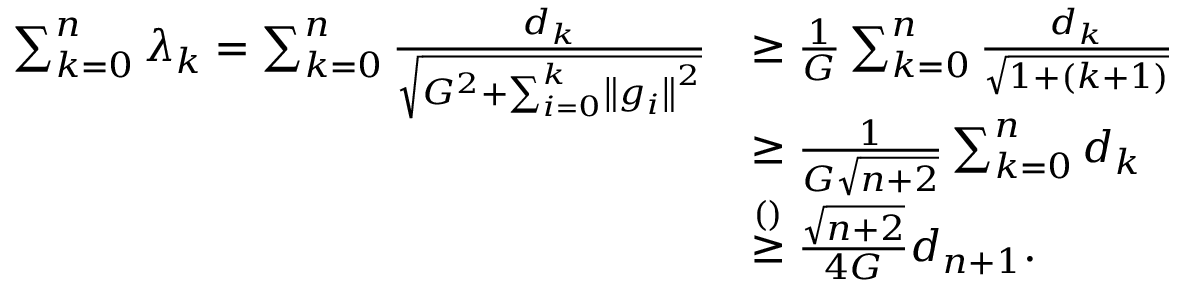
\begin{array} { r l } { \sum _ { k = 0 } ^ { n } \lambda _ { k } = \sum _ { k = 0 } ^ { n } \frac { d _ { k } } { \sqrt { G ^ { 2 } + \sum _ { i = 0 } ^ { k } \left\Vert g _ { i } \right\Vert ^ { 2 } } } } & { \geq \frac { 1 } { G } \sum _ { k = 0 } ^ { n } \frac { d _ { k } } { \sqrt { 1 + ( k + 1 ) } } } \\ & { \ge \frac { 1 } { G \sqrt { n + 2 } } \sum _ { k = 0 } ^ { n } d _ { k } } \\ & { \stackrel { \mathrm { ( ) } } { \geq } \frac { \sqrt { n + 2 } } { 4 G } d _ { n + 1 } . } \end{array}